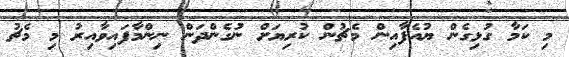
މި ކަމާ ގުޅިގެން ޔުއެފާއިން މެޗުން ކުރިޔަށް ނުގެންދަން ނިންމާފައިވާއިރު މި މެޗު